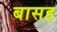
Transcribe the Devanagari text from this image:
बासह